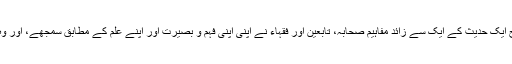
فقہاء کے درمیان اختلافات کے اسباب پر پیش کی گئی تحریر میں ہم نے مثالیں دی تھیں کہ کس طرح ایک حدیث کے ایک سے زائد مفاہیم صحابہ، تابعین اور فقہاء نے اپنی اپنی فہم و بصیرت اور اپنے علم کے مطابق سمجھے، اور وہ سارے کے سارے مفاہیم دلائل کی بنیاد پر امت کے اہل علم و فکر کے مختلف طبقوں نے قبول کئے۔